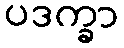
ပဒက္ခာ